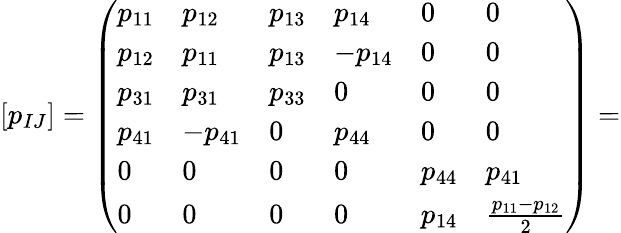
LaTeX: \left[p_{IJ}\right]=\left(\begin{array}{llllll}{p_{11}}&{p_{12}}&{p_{13}}&{p_{14}}&{0}&{0}\\ {p_{12}}&{p_{11}}&{p_{13}}&{-p_{14}}&{0}&{0}\\ {p_{31}}&{p_{31}}&{p_{33}}&{0}&{0}&{0}\\ {p_{41}}&{-p_{41}}&{0}&{p_{44}}&{0}&{0}\\ {0}&{0}&{0}&{0}&{p_{44}}&{p_{41}}\\ {0}&{0}&{0}&{0}&{p_{14}}&{\frac{p_{11}-p_{12}}{2}}\end{array}\right)=